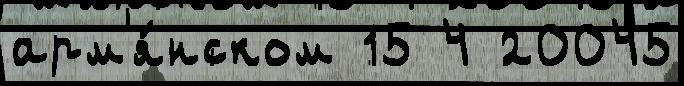
арм'я́нском 15 4 20045